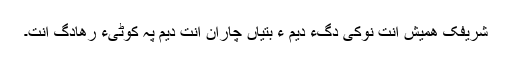
شریفک ھمیش اِنت نوکی دَگءِ دیم ءَ بَتیّاں چاران اِنت دیم پہ کوٹیءَ رھادگ اِنت۔